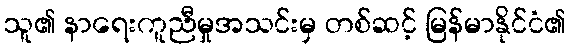
သူ၏ နာရေးကူညီမှုအသင်းမှ တစ်ဆင့် မြန်မာနိုင်ငံ၏